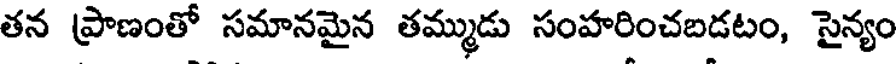
తన ప్రాణంతో సమానమైన తమ్ముడు సంహరించబడటం, సైన్యం